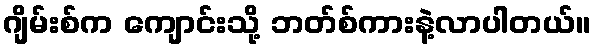
ဂျိမ်းစ်က ကျောင်းသို့ ဘတ်စ်ကားနဲ့လာပါတယ်။